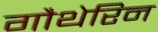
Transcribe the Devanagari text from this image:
गौथेरिन